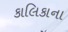
કાલિકાના